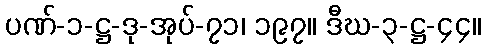
ပဏ်-၁-ဋ္ဌ-ဒု-အုပ်-၇၁၊ ၁၉၇။ ဒီဃ-၃-ဋ္ဌ-၄၄။